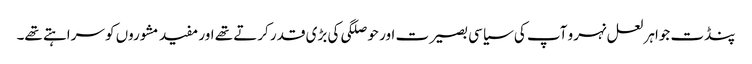
پنڈت جواہر لعل نہرو آپ کی سیاسی بصیرت اور حوصلگی کی بڑی قدر کرتے تھے اور مفید مشوروں کو سراہتے تھے۔